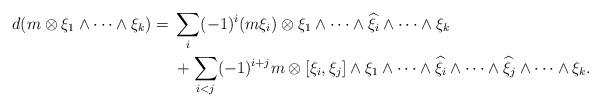
LaTeX: \begin{align*}d(m \otimes \xi_1 \wedge \cdots \wedge \xi_k)= {} & \sum_i (-1)^i (m \xi_i) \otimes \xi_1 \wedge \cdots \wedge \widehat{\xi}_i \wedge \cdots \wedge \xi_k \\&+ \sum_{i < j} (-1)^{i+j} m \otimes [\xi_i, \xi_j] \wedge \xi_1 \wedge \cdots \wedge \widehat{\xi}_i \wedge \cdots \wedge \widehat{\xi}_j \wedge \cdots \wedge \xi_k.\end{align*}